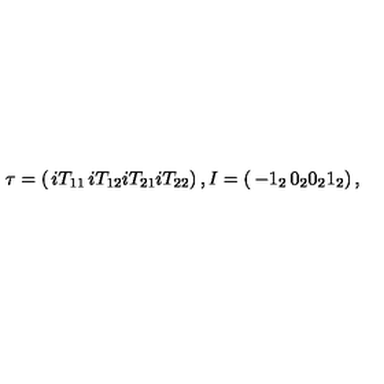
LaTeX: \tau = \left( \begin{matrix} { i T _ { 1 1 } } & { i T _ { 1 2 } } \\ { i T _ { 2 1 } } & { i T _ { 2 2 } } \\ \end{matrix} \right) , I = \left( \begin{matrix} { - 1 _ { 2 } } & { 0 _ { 2 } } \\ { 0 _ { 2 } } & { 1 _ { 2 } } \\ \end{matrix} \right) ,